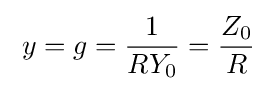
\;y=g={\frac {1}{RY_{0}}}={\frac {Z_{0}}{R}}\;